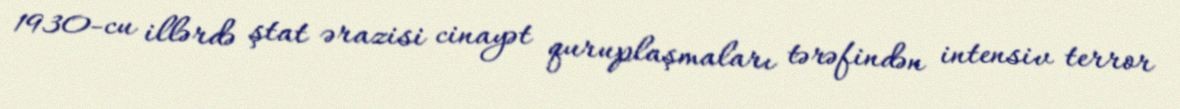
1930-cu illərdə ştat ərazisi cinayət quruplaşmaları tərəfindən intensiv terror